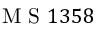
\mathrm { ~ M ~ S ~ } 1 3 5 8